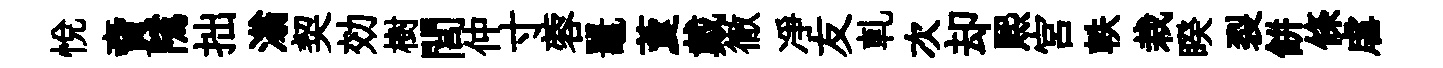
悅𧶠隲拙滃契効樹閭仲寸蓉鼉藑戴徹凈友軋次却熙宫軼栽睽裂餅條虐